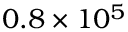
0 . 8 \times 1 0 ^ { 5 }